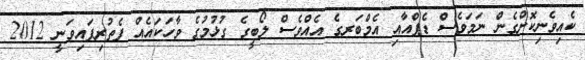
ކެއިވެނިކޮށްގެން ނަމަވެސް ޑެޕްއާއި އެމްބަރގެ އެއްވެސް ލޯބީގެ ގުޅުމުގެ ވާހަކައެއް ފެތުރިފައިވަނީ 2012